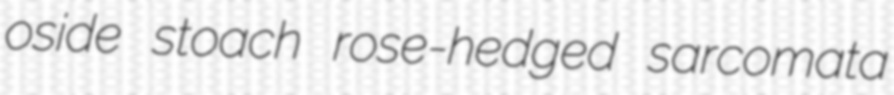
oside stoach rose-hedged sarcomata